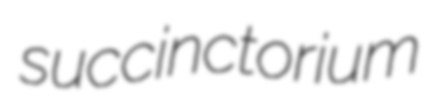
succinctorium